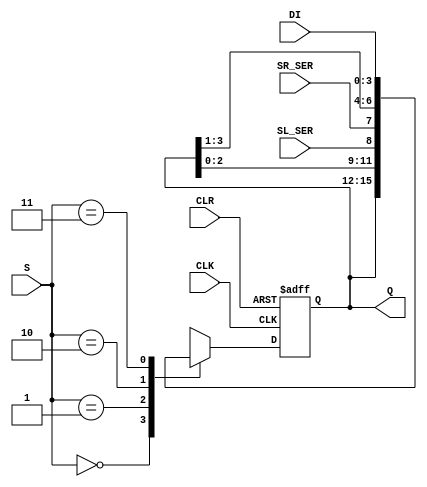
module shift_reg_74194(DI,CLK,CLR,S,SR_SER,SL_SER,Q);
    input wire [3:0] DI; // Parallel data input
    input CLK; // CLock 
    input CLR; // Clear parallel data output signal
    input [1:0]S; // Controll input
    input wire SR_SER; // Shift Right serial input 
    input wire SL_SER; // Shift left serial input

    output reg [3:0] Q; // Parallel data output

    initial begin
        Q<=0;      
    end
    always @(posedge CLK or negedge CLR) begin
        if (CLR) begin 
        case (S)
                2'b00: // Do nothing (S0=0,S1=0)
                   begin
                        Q<={Q[3:0]};
                   end
                2'b01: // Shift Left (S0=0,S1=1)
                   begin
                        Q<={Q[2:0],SL_SER};
                   end
                2'b10: // Shift Right (S0=1,S1=0)
                   begin
                       Q<={SR_SER,Q[3:1]}; 
                   end
                2'b11: // Parallel data output (S0=1,S1=1)
                   begin
                        Q<=DI;
                   end
             endcase
        end
        else begin // Reset output
           Q<=0; 
        end
      end
endmodule